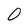
Character: 0